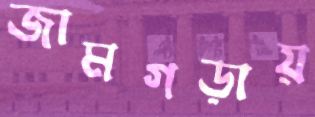
জামগড়ায়